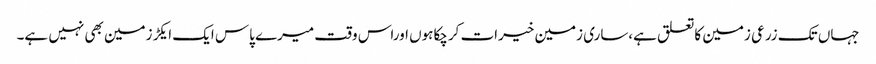
جہاں تک زرعی زمین کاتعلق ہے،ساری زمین خیرات کرچکاہوں اوراس وقت میرے پاس ایک ایکڑزمین بھی نہیں ہے۔